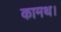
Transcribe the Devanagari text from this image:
कामथ।